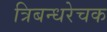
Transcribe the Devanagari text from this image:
त्रिबन्धरेचक